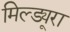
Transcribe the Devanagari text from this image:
मिल्ड्यूरा